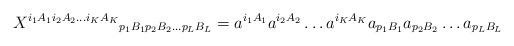
LaTeX: \begin{align*}{X^{i_{1}A_{1}i_{2}A_{2} \ldots i_{K}A_{K}}}_ {p_{1}B_{1} p_{2}B_{2}\ldots p_{L}B_{L} } = a^{i_{1}A_{1}}a^{i_{2}A_{2}}\ldots a^{i_{K}A_{K}}a_{p_{1}B_{1}}a_{p_{2}B_{2}}\ldots a_{p_{L}B_{L}}\end{align*}